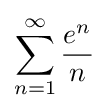
\sum _{n=1}^{\infty }{\frac {e^{n}}{n}}